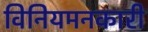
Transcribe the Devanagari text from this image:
विनियमनकारी